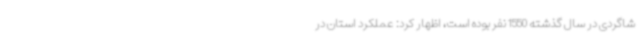
شاگردی در سال گذشته 1550 نفر بوده است، اظهار کرد: عملکرد استان در